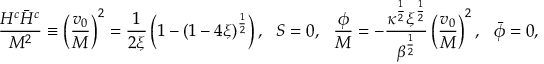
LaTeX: \frac { H ^ { c } \bar { H } ^ { c } } { M ^ { 2 } } \equiv \left( \frac { v _ { 0 } } { M } \right) ^ { 2 } = \frac { 1 } { 2 \xi } \left( 1 - ( 1 - 4 \xi ) ^ { \frac { 1 } { 2 } } \right) , ~ ~ S = 0 , ~ ~ \frac { \phi } { M } = - \frac { \kappa ^ { \frac { 1 } { 2 } } \xi ^ { \frac { 1 } { 2 } } } { \beta ^ { \frac { 1 } { 2 } } } \left( \frac { v _ { 0 } } { M } \right) ^ { 2 } , ~ ~ \bar { \phi } = 0 ,